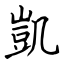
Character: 凱